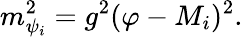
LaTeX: m_{\psi_{i}}^{2}=g^{2}(\varphi-M_{i})^{2}.